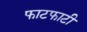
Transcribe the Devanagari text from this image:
फाटफाटी